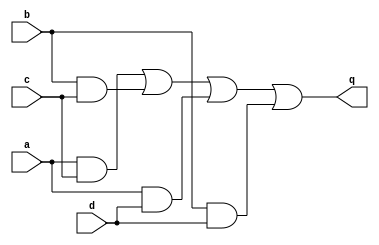
module top_module (
    input a,
    input b,
    input c,
    input d,
    output q 
  );

    assign q = (a&c) | (b&c) | (a&d) | (b&d);

endmodule